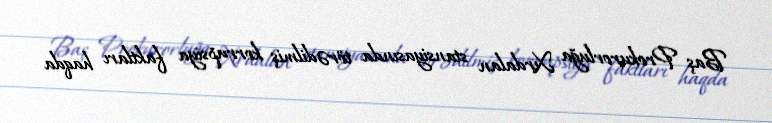
Baş Prokurorluğa Xırdalan stansiyasında törədilmiş korrupsiya faktları haqda